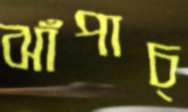
ঝাঁপাচ্